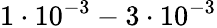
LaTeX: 1\cdot 10^{-3}-3\cdot 10^{-3}